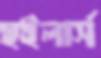
হুইলার্স